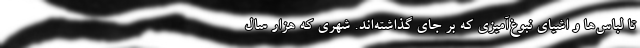
تا لباس‌ها و اشیای نبوغ‌آمیزی که بر جای گذاشته‌اند. شهری که هزار سال